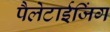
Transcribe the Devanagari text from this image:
पैलेटाईजिंग